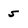
Character: 5